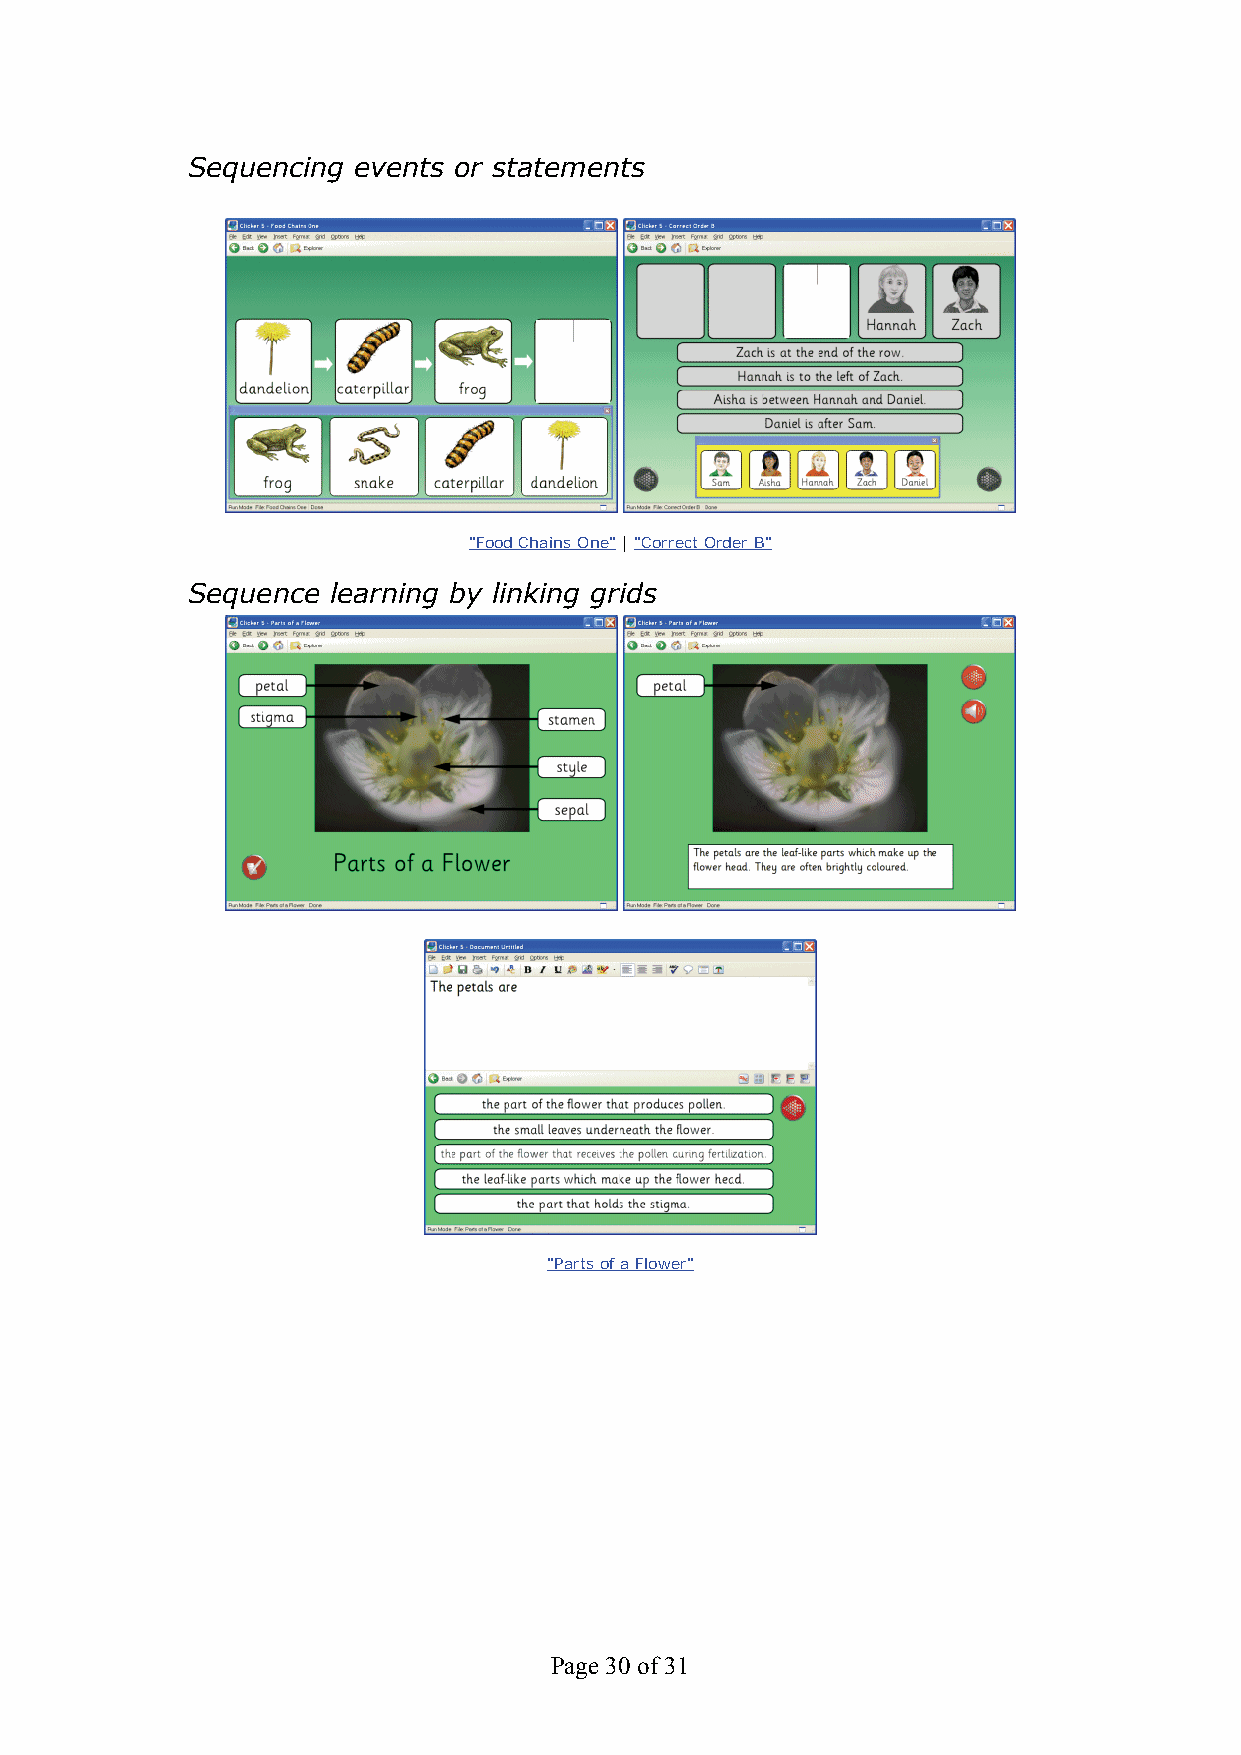
Sequencing events or statements
 "Food Chains One" | "Correct Order B"
 Sequence  learning by linking grids
 "Parts of a Flower"
 Page 30 of 31